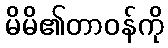
မိမိ၏တာဝန်ကို